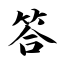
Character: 答